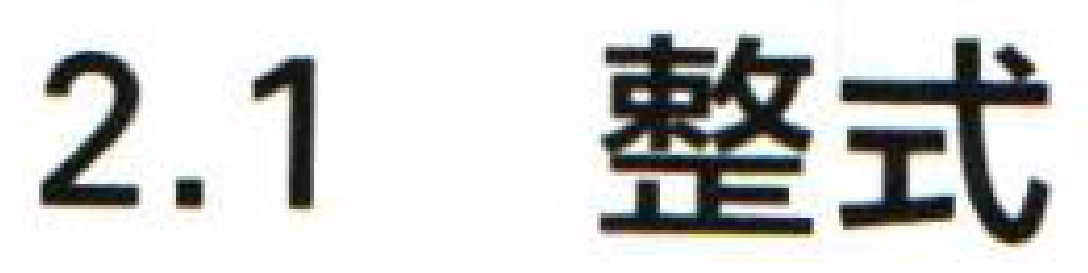
2.1 整式